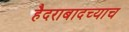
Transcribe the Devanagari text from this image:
हैदराबादच्याच